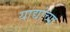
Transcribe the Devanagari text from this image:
याद्यांच्या